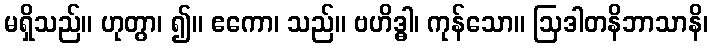
မရှိသည်။ ဟုတွာ၊ ၍။ ဧကော၊ သည်။ ဗဟိဒ္ဓါ၊ ကုန်သော။ ဩဒါတနိဘာသာနိ၊